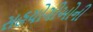
સહયોગીઓની